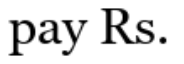
pay Rs.